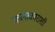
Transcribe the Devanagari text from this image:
कलाकाराशी